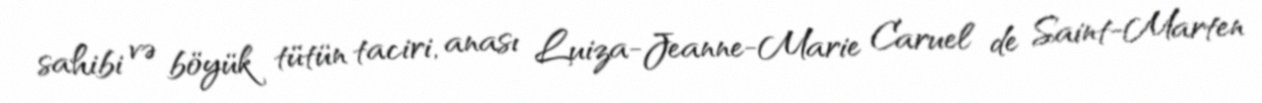
sahibi və böyük tütün taciri, anası Luiza-Jeanne-Marie Caruel de Saint-Marten